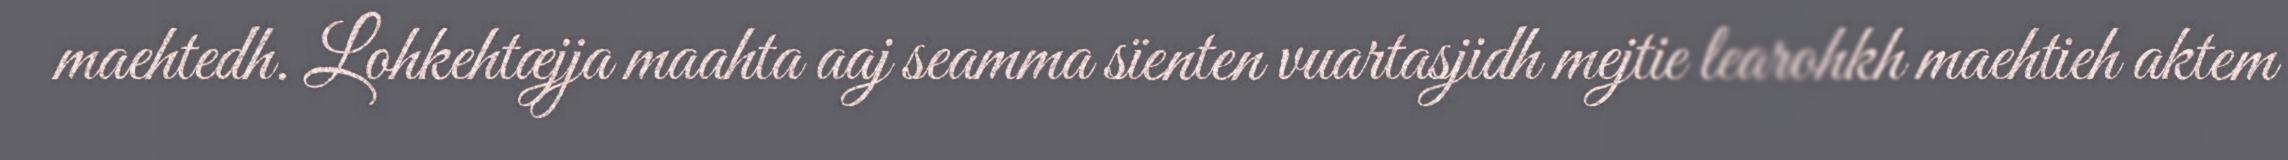
maehtedh. Lohkehtæjja maahta aaj seamma sïenten vuartasjidh mejtie learohkh maehtieh aktem